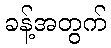
ခန့်အတွက်